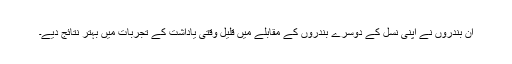
ان بندروں نے اپنی نسل کے دوسرے بندروں کے مقابلے میں قلیل وقتی یاداشت کے تجربات میں بہتر نتائج دیے۔